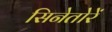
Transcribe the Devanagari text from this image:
सिनेतोरें